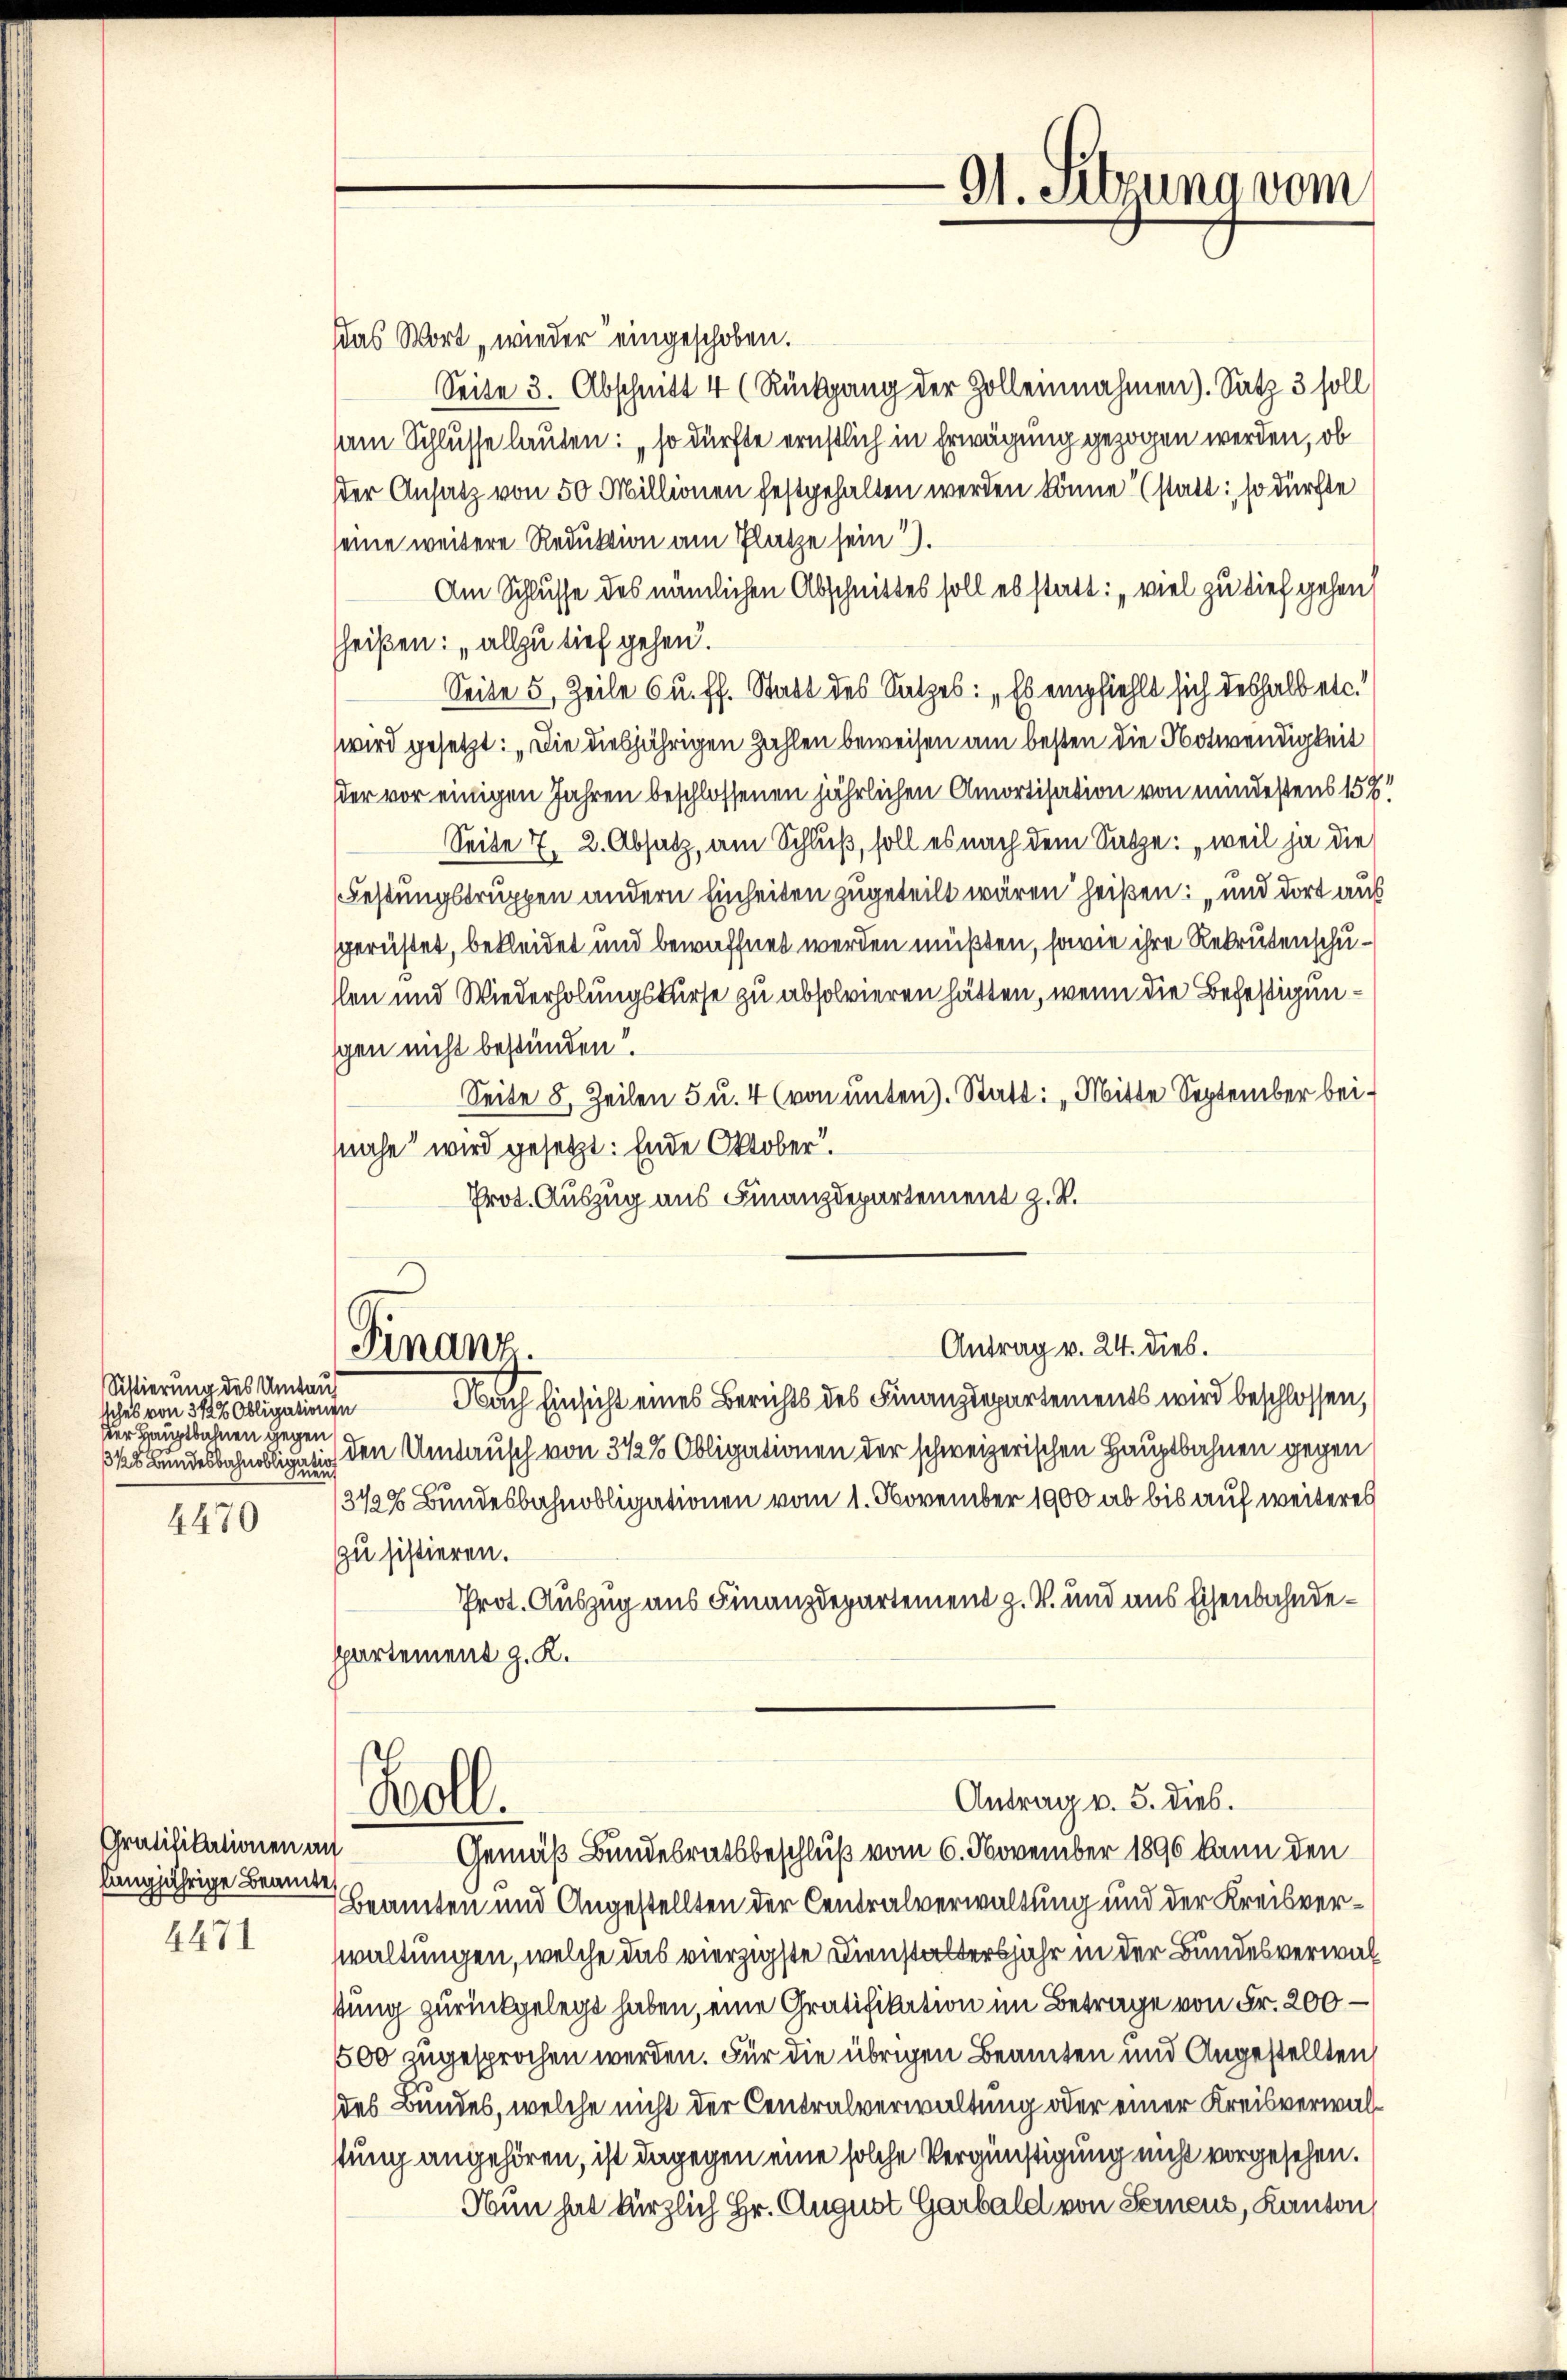
Sistierung des Umtauf
sches von 3 1/2% Obligationen
der Hauptbahnen gegen
18 Bundesbahnobligati

4470

Gratifikationen an
langjährige Beamte,

4471

das Wort wieder eingeschoben.
Seite 3. Abschnitt 4 (Rückgang der Zolleinnahmen). Satz 3 soll
am Schlusse lauten: „so dürfte ernstlich in Erwägung gezogen werden, ob
ster Ansatz von 50 Millionen festgehalten werden könne (statt; so dürfte
seine weitere Reduktion am Platze sein).
Am Schlusse des nämlichen Abschnittes soll es statt: „viel zu tief gehen,
heißen: „allzu tief gehen.
Seite 5, Zeile 6 u. ff. Statt des Satzes: „Es empfiehlt sich deshalb etc.
wird gesetzt: „Die diesjährigen Zahlen beweisen am besten die Notwendigkeit
der vor einigen Jahren beschlossenen jährlichen Amortisation von mindestens 154
Seite 7, 2. Absatz, am Schluß, soll es nach dem Satze: „weil ja die
Festungstruppen andern Einheiten zugeteilt wären heißen: „und dort aus
gerüstet, bekleidet und bewaffnet werden müßten, sowie ihre Rekrutenschuslen und Wiederholungskurse zu absolvieren hätten, wenn die Befestigunschen nicht bestünden.
Seite 8, Zeilen 5 u. 4 (von unten). Statt: „Mitte September beinahe wird gesetzt. Ende Oktober.
Prot. Auszug aus Finanzdepartement z. R.
Antrag v. 24. dies.
Finanz.
Nach Einsicht eines Berichts des Finanzdepartements wird beschlossen,
den Umtausch von 3 1/2% Obligationen der schweizerischen Hauptbahnen gegen
346 Bundesbahnobligationen vom 1. November 1900 ab bis auf weiteres
zu sistieren.
Prot. Auszug aus Finanzdepartement z. V. und aus Eisenbahndeppartement z. K.
Antrag v. 5. dies.
Koll.
Gemäß Bundesratsbeschluß vom 6. November 1890 kann den
Beamten und Angestellten der Centralverwaltung und der Kreisverwaltungen, welche das vierzigste Dienstaltersjahr in der Bundesverwalstung zurückgelegt haben, eine Gratifikation im Betrage von Fr. 200 –
500 zugesprochen werden. Für die übrigen Beamten und Angestellten,
des Bundes, welche nicht der Centralverwaltung oder einer Kreisverwalstung angehören, ist dagegen eine solche Vergünstigung nicht vorgesehen.
Nun hat kürzlich Hr. August Garbald von Ferneus, Kanton,

91. Sitzung vom